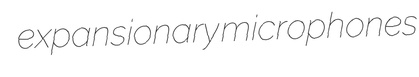
expansionary microphones